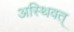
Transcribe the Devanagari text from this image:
अस्थिवत्